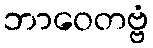
ဘာဝေတဗ္ဗံ